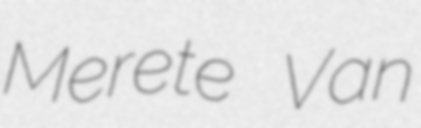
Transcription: Merete Van